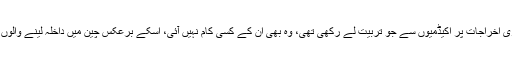
اینٹری ٹیسٹ کی تیاری میں انہوں نے تین ماہ تک بھاری اخراجات پر اکیڈمیوں سے جو تربیت لے رکھی تھی، وہ بھی ان کے کسی کام نہیں آئی، اسکے برعکس چین میں داخلہ لینے والوں کو کسی قسم کے اینٹری ٹیسٹ کا سامنا نہیں کرنا پڑتا۔